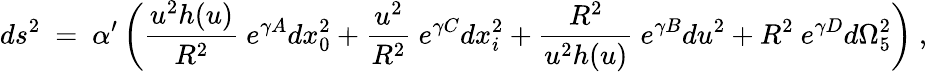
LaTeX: ds^{2}~=~\alpha^{\prime}\left(\frac{u^{2}h(u)}{R^{2}}~e^{\gamma A}dx_{0}^{2}+\frac{u^{2}}{R^{2}}~e^{\gamma C}dx_{i}^{2}+\frac{R^{2}}{u^{2}h(u)}~e^{\gamma B}du^{2}+R^{2}~e^{\gamma D}d\Omega_{5}^{2}\right)~,